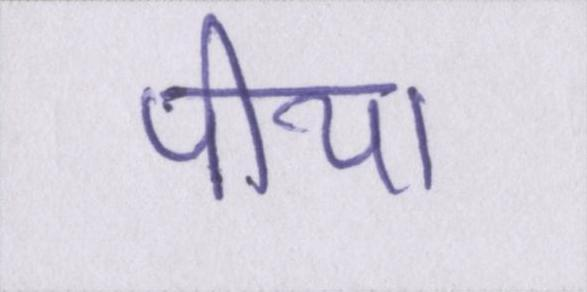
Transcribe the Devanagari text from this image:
पीया